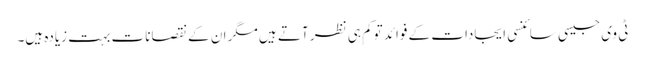
ٹی وی جیسی سائنسی ایجادات کے فوائد توکم ہی نظر آتے ہیں مگر ان کے نقصانات بہت زیادہ ہیں۔